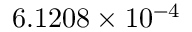
6 . 1 2 0 8 \times 1 0 ^ { - 4 }